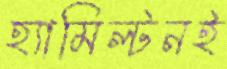
হ্যামিল্টনই